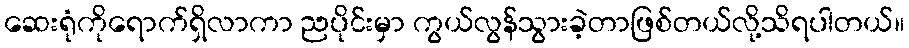
ဆေးရုံကိုရောက်ရှိလာကာ ညပိုင်းမှာ ကွယ်လွန်သွားခဲ့တာဖြစ်တယ်လို့သိရပါတယ်။